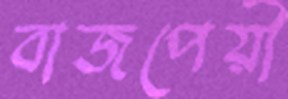
বাজপেয়ী